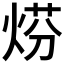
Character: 𤊈